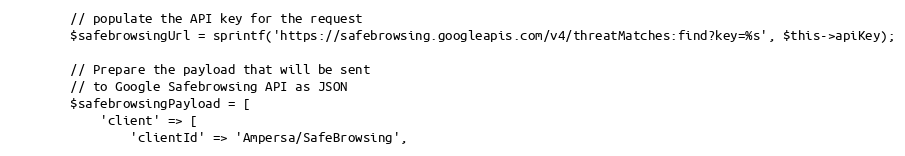
Language: PHP
        // populate the API key for the request
        $safebrowsingUrl = sprintf('https://safebrowsing.googleapis.com/v4/threatMatches:find?key=%s', $this->apiKey);

        // Prepare the payload that will be sent
        // to Google Safebrowsing API as JSON
        $safebrowsingPayload = [
            'client' => [
                'clientId' => 'Ampersa/SafeBrowsing',